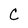
Character: C